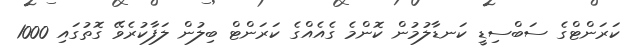
ކަރަންޓްގެ ސަބްސިޑީ ކަނޑާލުމުން ކޮންމެ ގެއެއްގެ ކަރަންޓް ބިލުން ލަފާކުރެވޭ ގޮތުގައި 1000